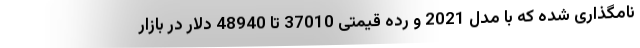
نامگذاری شده که با مدل 2021 و رده قیمتی 37010 تا 48940 دلار در بازار